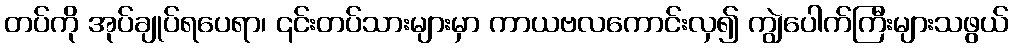
တပ်ကို အုပ်ချုပ်ရပေရာ၊ ၎င်းတပ်သားများမှာ ကာယဗလကောင်းလှ၍ ကျွဲပေါက်ကြီးများသဖွယ်